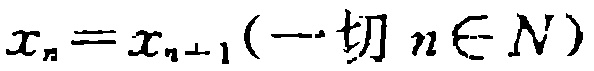
\(x_{n}=x_{n - 1}(\text{一 切 }n\in N)\)